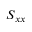
S _ { x x }